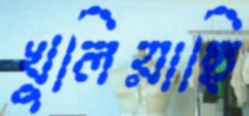
খুলিয়াছি